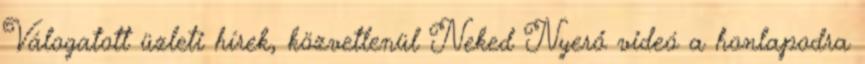
Válogatott üzleti hírek, közvetlenül Neked Nyerő videó a honlapodra